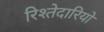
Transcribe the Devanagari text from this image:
रिश्तेदारियों